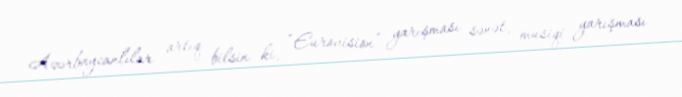
Azərbaycanlılar artıq bilsin ki, “Eurovision” yarışması sənət, musiqi yarışması